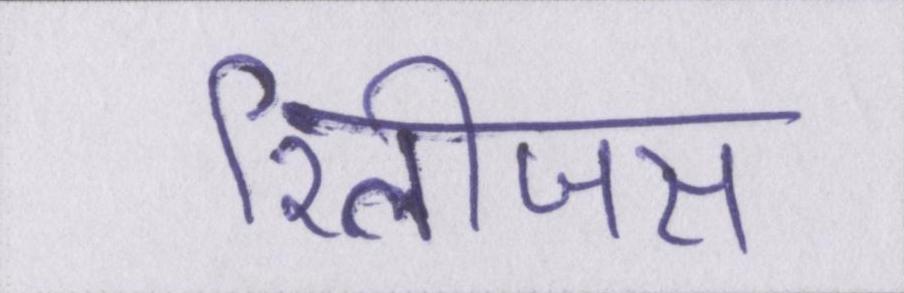
रिलीजस